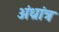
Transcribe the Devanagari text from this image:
अंध्रांत्र